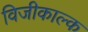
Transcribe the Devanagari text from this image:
विजीकाल्क